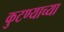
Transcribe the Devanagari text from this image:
कुटण्याच्या